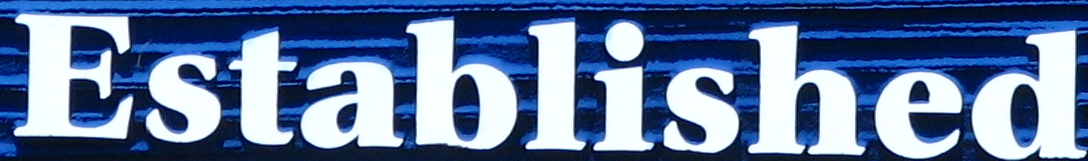
Established